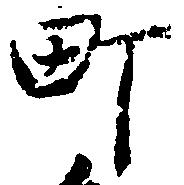
町